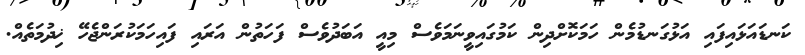
ކަނޑައަޅައިފައި އަޅުގަނޑުމެން ހަމަކޮށްދިން ކަމުގައިވީނަމަވެސް މިއީ އަބަދުވެސް ފަހަތުން އަރައި ފައިހަމަކުރަންޖެހޭ ޚިދުމަތެއް.